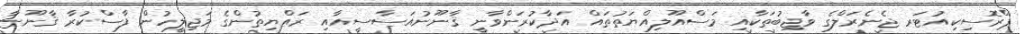
ޕްރޮސިކިއުޓަރ ޖެނެރަލްގެ ވާޖިބުތަކާއި މަސްއޫލިއްޔަތުތައް އަދާކުރަންވާނީ ޤާނޫނުއަސާސީއާއި ރައްޔިތުންގެ މަޖިލީހުން ފާސްކުރާ ޤާނޫނާ